Memorandum on the prevention of leprosy by segregation of the affected
Disease focus: Leprosy
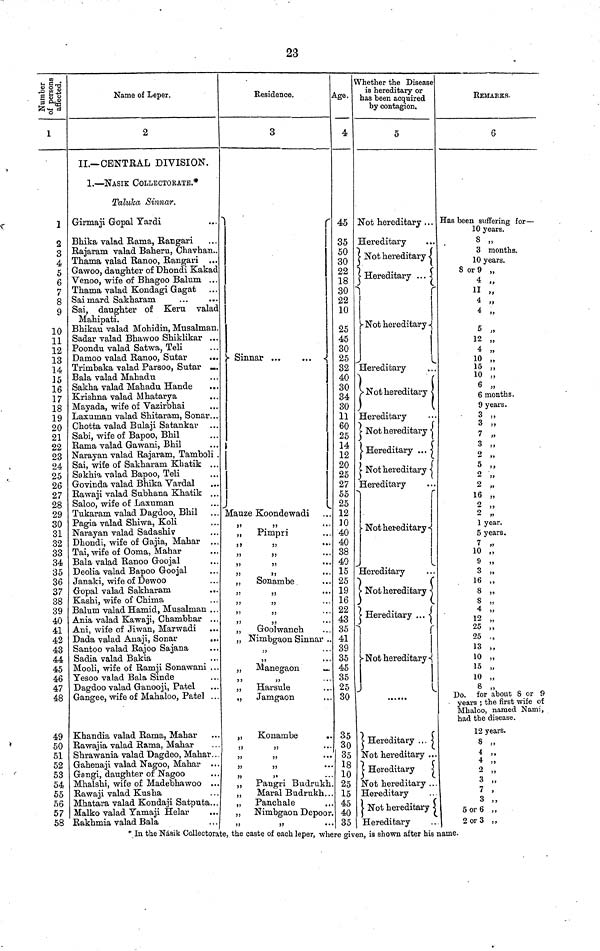
23
Number
of persons
affected.
1
1
2
3
4
5
6
7
8
9
10
11
12
13
14
15
16
17
18
19
20
21
22
23
24
25
26
27
28
29
30
31
32
33
34
35
36
37
38
39
40
41
42
43
44
45
46
47
48
49
50
51
52
53
54
55
56
57
58
Name of Leper.
2
II.— CENTRAL DIVISION.
1. — NASIE COLLECTORATE.*
Taluka Sinnar.
Girmaji Gopal Yardi
Bhika valad Rama, Rangari
Rajaram valad Baheru, Chavhan..
Thama valad Banco, Bangari ...
Gawoo, daughter of Dhondi Kakac
Venoo, wife of Bhagoo Balum . . .
Thama valad Kondagi Gagat
Sai mard Sakharam
...
...
Sai, daughter of Keru valad
Mahipati.
Bhikau valad Mohidin, Musalman.
Sadar valad Bhawoo Shiklikar ...
Poondu valad Satwa, Teli
Damoo valad Ranoo, Sutar
...
Trimbaka valad Parsoo, Sutar -.
Bala valad Mahadu
Sakha valad Mahadu Hande
...
Krishna valad Mhatarya
Mayada, wife of Vazirbhai
Laxuman valad Shitaram, Sonar...
Chotta valad Bulaji Satankar ...
Sabi, wife of Bapoo, Bhil
Rama valad Gawani, Bhil
Narayan valad Rajaram, Tamboli .
Sai, wife of Sakharam Khatik ...
Sakhva valad Bapoo, Teli
Govinda valad Bhika Vardal
Rawaji valad Subhana Khatik . . .
Saloo, wife of Laxuman
Tukaram valad Dagdoo, Bhil
Pagia valad Shiwa, Koli
Narayan valad Sadashiv
Dhondi, wife of Gajia, Mahar ...
Tai, wife of Ooma, Mahar
Bala valad Banoo Goojal
Deolia valad Bapoo Goojal
Janaki, wife of Dewoo
Gropal valad Sakharam
Kashi, wife of Chima
Balum valad Hamid, Musalman ...
Ania valad Kawaji, Chambhar ...
Ani, wife of Jiwan, Marwadi
Dada valad Anaji, Sonar
Santoo valad Bajoo Sajana
Sadia valad Bakia
Mooli, wife of Ramji Sonawani . . .
Yesoo valad Bala Sinde
Dagdoo valad Ganooji, Patel
Gangee, wife of Mahaloo, Patel . . .
Khandia valad Bama, Mahar
Rawajia valad Rama, Mahar
Shrawania valad Dagdeo, Mahar...
Gahenaji valad Nagoo, Mahar
Gangi, daughter of Nagoo
Mhalshi, wife of Madebhawoo ...
Bawaji valad Kusha
Mhatara valad Kondaji Satputa...
Malko valad Yamaji Helar
Rakhmia valad Bala
Residence.
3
Sinnar
Mauze Koondewadi
"
"
"
Pimpri
"
"
"
"
"
"
"
"
" Sonambe
"
"
"
"
"
"
"
"
"
Goolwanch
" Nimbgaon Sinnar
"
"
" "
"
Manegaon
"
Harsule
"
Jamgaon
" Konambe
"
"
"
"
"
"
" Pangri Budrukh
" Maral Budrukh
" Panchale
" Nimbgaon Depoor.
"
"
Age.
4
45
35
50
30
22
18
30
22
10
25
45
30
25
32
40
30
34
30
11
60
25
14
12
20
25
27
55
25
12
JO
40
40
38
40
15
25
19
16
22
43
35
41
39
35
45
25
30
35
30
35
18
10
25
15
45
40
35
Whether the Disease
is hereditary or
has been acquired
by contagion.
5
Not hereditary . . .
Hereditary
Not hereditary
Hereditary
Not hereditary
Hereditary
Not hereditary
Hereditary
Not hereditary
Hereditary ...
Not hereditary
Hereditary
Not hereditary
Hereditary
Not hereditary
Hereditary
Not hereditary
Hereditary
Not hereditary
Hereditary
Not hereditary
Hereditary
Not hereditary
Hereditary
REMARKS.
6
Has been suffering for —
10 years.
8 "
3 months.
10 years.
8 or 9 "
4 "
11 "
4 "
4 "
5 "
12 "
4 "
10 "
15 "
10 "
6 "
6 months.
9 years.
3 "
3 "
7 "
3 "
2 "
5 "
2 "
2 "
16 "
2 "
2 "
1 year.
5 years.
7 "
10 "
9 "
3 "
16 "
8 "
8 "
4 "
12 "
25 "
25 "
13 "
10 "
10 "
8 "
Do. for about 8 or 9
years ; the first -wife of
Mhaloo, named Nami,
had the disease.
12 years.
8 "
4 "
4 "
2 "
3 "
7 "
3 "
5 or 6 "
2 or 3 "
* In the Nasik Oollectorate, the caste of each leper, where given, is shown after his name.